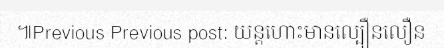
៕Previous Previous post: យន្តហោះមានល្បឿនលឿន